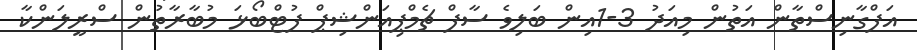
އަފްގާނިސްތާން އަތުން މިއަދު 3-1އިން ބަލިވެ ސާފް ޗެމްޕިއަންޝިޕް ފުޓްބޯޅަ މުބާރާތުން ސްރީލަންކާ